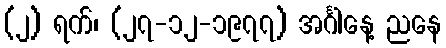
(၂) ရက်၊ (၂၇-၁၂-၁၉၇၇) အင်္ဂါနေ့ ညနေ